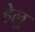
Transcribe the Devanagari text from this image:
हेलु